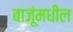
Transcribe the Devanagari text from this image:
बाजूंमधील